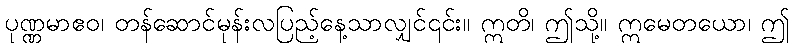
ပုဏ္ဏမာဧဝ၊ တန်ဆောင်မုန်းလပြည့်နေ့သာလျှင်၎င်း။ ဣတိ၊ ဤသို့။ ဣမေတယော၊ ဤ